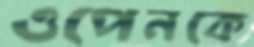
ওপেনকে